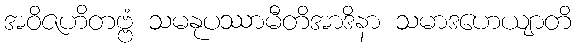
အဝိဇဟိတဗ္ဗံ သမနုပဿာမီတိအာဒိနာ သမာဒဟေယျာတိ